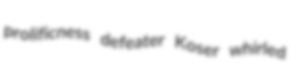
prolificness defeater Koser whirled